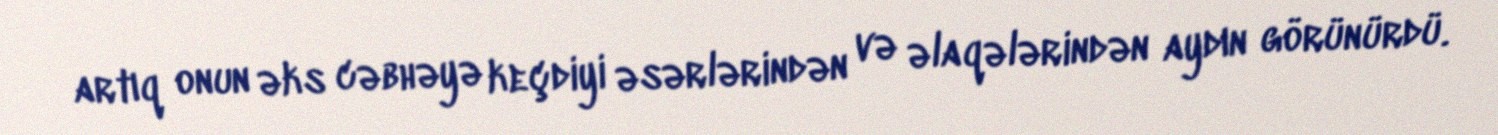
artıq onun əks cəbhəyə keçdiyi əsərlərindən və əlaqələrindən aydın görünürdü.